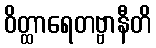
ဝိတ္ထာရေတဗ္ဗာနီတိ